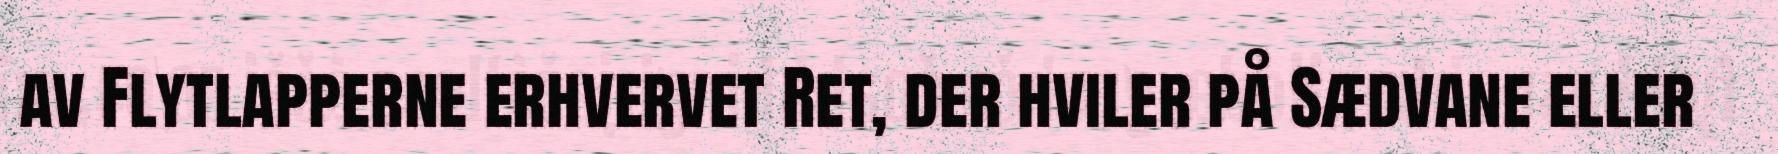
av Flytlapperne erhvervet Ret, der hviler på Sædvane eller